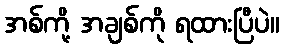
အစ်ကို့ အချစ်ကို ရထားပြီပဲ။